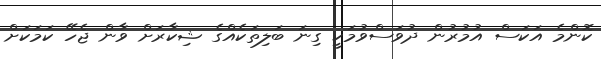
ކޮންމެ އަކަސް އުމުރުން ދުވަސްވުމަކީ ގިނަ ބަލިތަކެއްގެ ޝިކާރަށް ވާން ޖެހޭ ކަމަކަށް